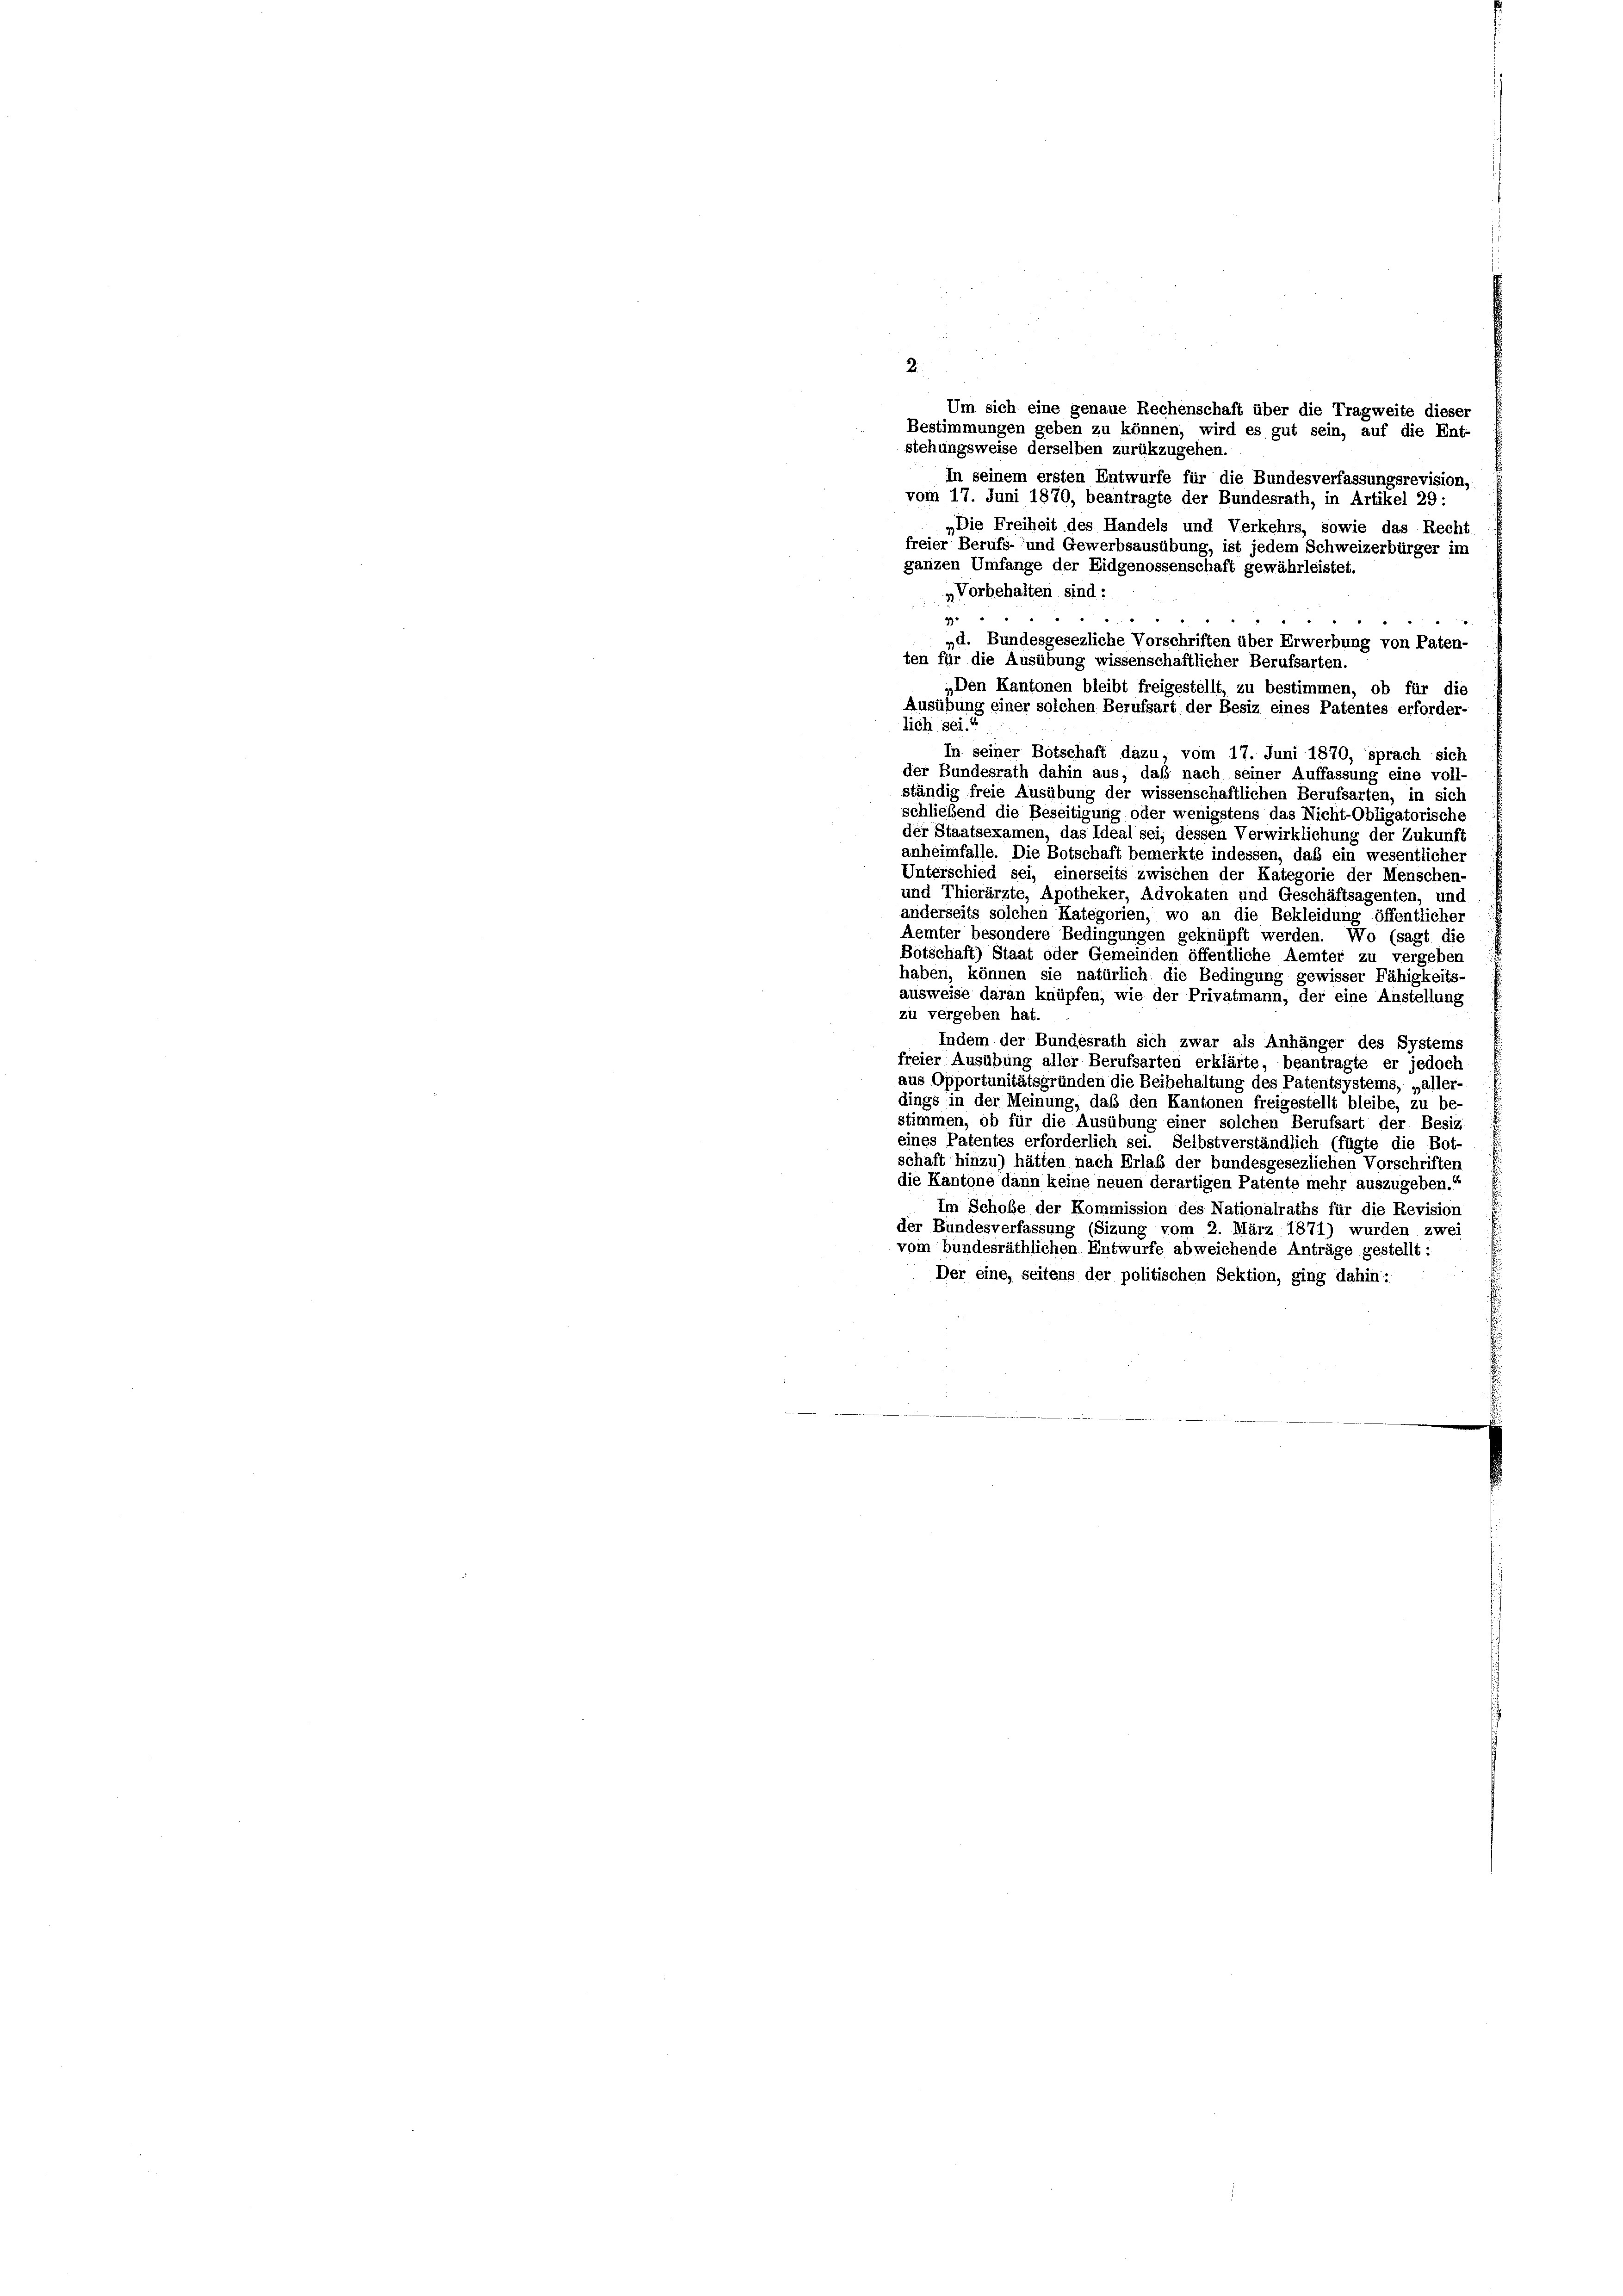
2.
Um sich eine genaue Rechenschaft über die Tragweite dieser
Bestimmungen geben zu können, wird es gut sein, auf die Ent-
stehungsweise derselben zurükzugehen.
In seinem ersten Entwürfe für die Bundesverfassungsrevision,
vom 17. Juni 1870, beantragte der Bundesrath, in Artikel 29:
„Die Freiheit des Handels und Verkehrs, sowie das Recht
freier Berufs- und Gewerbsausübung, ist jedem Schweizerbürger im
ganzen Umfange der Eidgenossenschaft gewährleistet.
Vorbehalten sind:
990
"
„d. Bundesgesezliche Vorschriften über Erwerbung von Paten-
ten für die Ausübung wissenschaftlicher Berufsarten.
„Den Kantonen bleibt freigestellt, zu bestimmen, ob für die
Ausübung einer solchen Berufsart der Besiz eines Patentes erforder-
lich sei.“
In seiner Botschaft dazu, vom 17. Juni 1870, sprach sich
der Bundesrath dahin aus, daß nach seiner Auffassung eine voll-
ständig freie Ausübung der wissenschaftlichen Berufsarten, in sich
schliebend die Beseitigung oder wenigstens das Nicht-Obligatorische
der Staatsexamen, das Ideal sei, dessen Verwirklichung der Zukunft
anheimfalle. Die Botschaft bemerkte indessen, daß ein wesentlicher
Unterschied sei, einerseits zwischen der Kategorie der Menschen-
und Thierärzte, Apotheker, Advokaten und Geschäftsagenten, und
anderseits solchen Kategorien, wo an die Bekleidung öffentlicher
Aemter besondere Bedingungen geknüpft werden. Wo (sagt die
Botschaft) Staat oder Gemeinden öffentliche Aemter zu vergeben
haben, können sie natürlich die Bedingung gewisser Fähigkeits-
ausweise daran knüpfen, wie der Privatmann, der eine Anstellung
zu vergeben hat.
Indem der Bundesrath sich zwar als Anhänger des Systems
freier Ausübung aller Berufsarten erklärte, beantragte er jedoch
aus Opportunitätsgründen die Beibehaltung des Patentsystems, „aller-
dings in der Meinung, daß den Kantonen freigestellt bleibe, zu be-
stimmen, ob für die Ausübung einer solchen Berufsart der Besiz
eines Patentes erforderlich sei. Selbstverständlich (fügte die Bot-
schaft hinzu) hätten nach Erlaß der bundesgesezlichen Vorschriften
die Kantone dann keine neuen derartigen Patente mehr auszugeben.“
Im Schoße der Kommission des Nationalraths für die Revision
der Bundesverfassung (Sizung vom 2. März 1871) wurden zwei
vom bundesräthlichen Entwurfe abweichende Anträge gestellt:
Der eine, seitens der politischen Sektion, ging dahin: